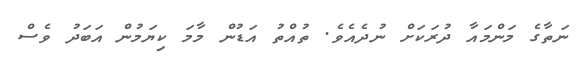
ނަތާގެ މަންމައާ ދުރަކަށް ނުދެއެވެ. ތުއްތު އަޑުން މާމަ ކިޔަމުން އަބަދު ވެސް